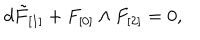
d \tilde { F } _ { [ 1 ] } + F _ { [ 0 ] } \wedge F _ { [ 2 ] } = 0 ,